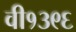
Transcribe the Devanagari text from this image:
वी१३९६